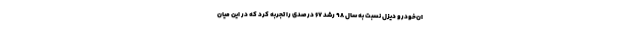
ان‌خودرو دیزل نسبت به سال ۹۸ رشد ۶۷ درصدی را تجربه کرد که در این میان